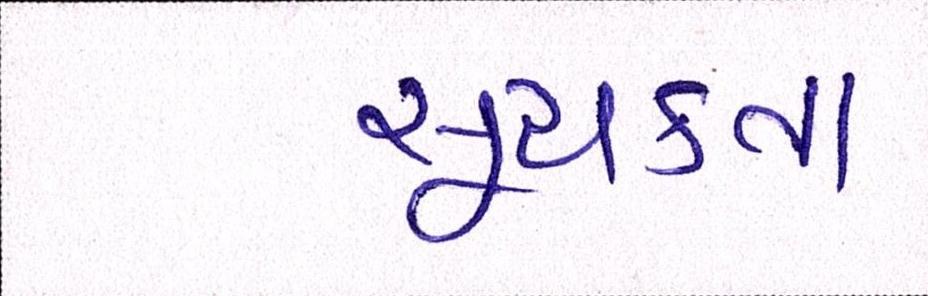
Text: સૂચકતા